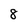
Character: 8